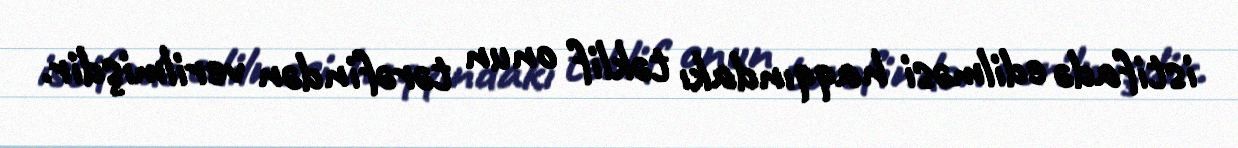
istifadə edilməsi haqqındakı təklif onun tərəfindən verilmişdir.